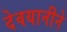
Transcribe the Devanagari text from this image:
देवयानीने